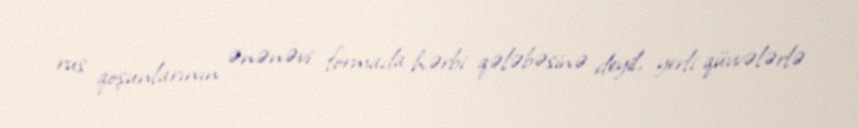
rus qoşunlarının ənənəvi formada hərbi qələbəsinə deyil, yerli qüvvələrlə